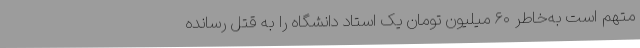
متهم است به‌خاطر ۶۰ میلیون تومان یک استاد دانشگاه را به قتل رسانده